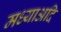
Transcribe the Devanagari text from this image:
मध्याअदि